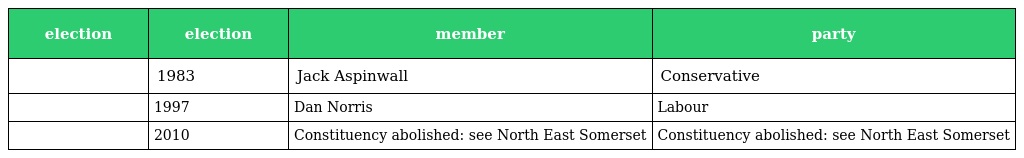
| election | election | member | party |
 | --- | --- | --- | --- |
 |  | 1983 | Jack Aspinwall | Conservative |
 |  | 1997 | Dan Norris | Labour |
 |  | 2010 | Constituency abolished: see North East Somerset | Constituency abolished: see North East Somerset |